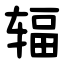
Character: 辐